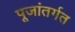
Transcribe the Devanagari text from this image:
पूजांतर्गत